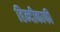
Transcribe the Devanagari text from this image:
हिन्दीकाफी